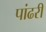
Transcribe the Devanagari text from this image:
पांढरीं